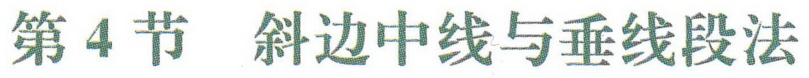
第 4 节  斜边中线与垂线段法